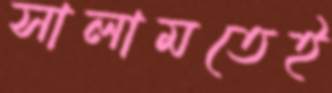
সালামতেই